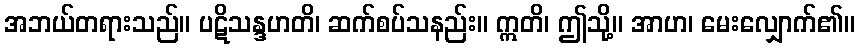
အဘယ်တရားသည်။ ပဋိသန္ဒဟတိ၊ ဆက်စပ်သနည်း။ ဣတိ၊ ဤသို့။ အာဟ၊ မေးလျှောက်၏။